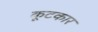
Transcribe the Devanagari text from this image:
कूटकार